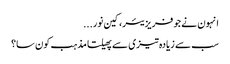
انہون نے جو فریزیئر، کین نور...
سب سے زیادہ تیزی سے پھیلتا مذہب کون سا؟